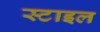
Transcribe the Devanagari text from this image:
स्‍टाइल